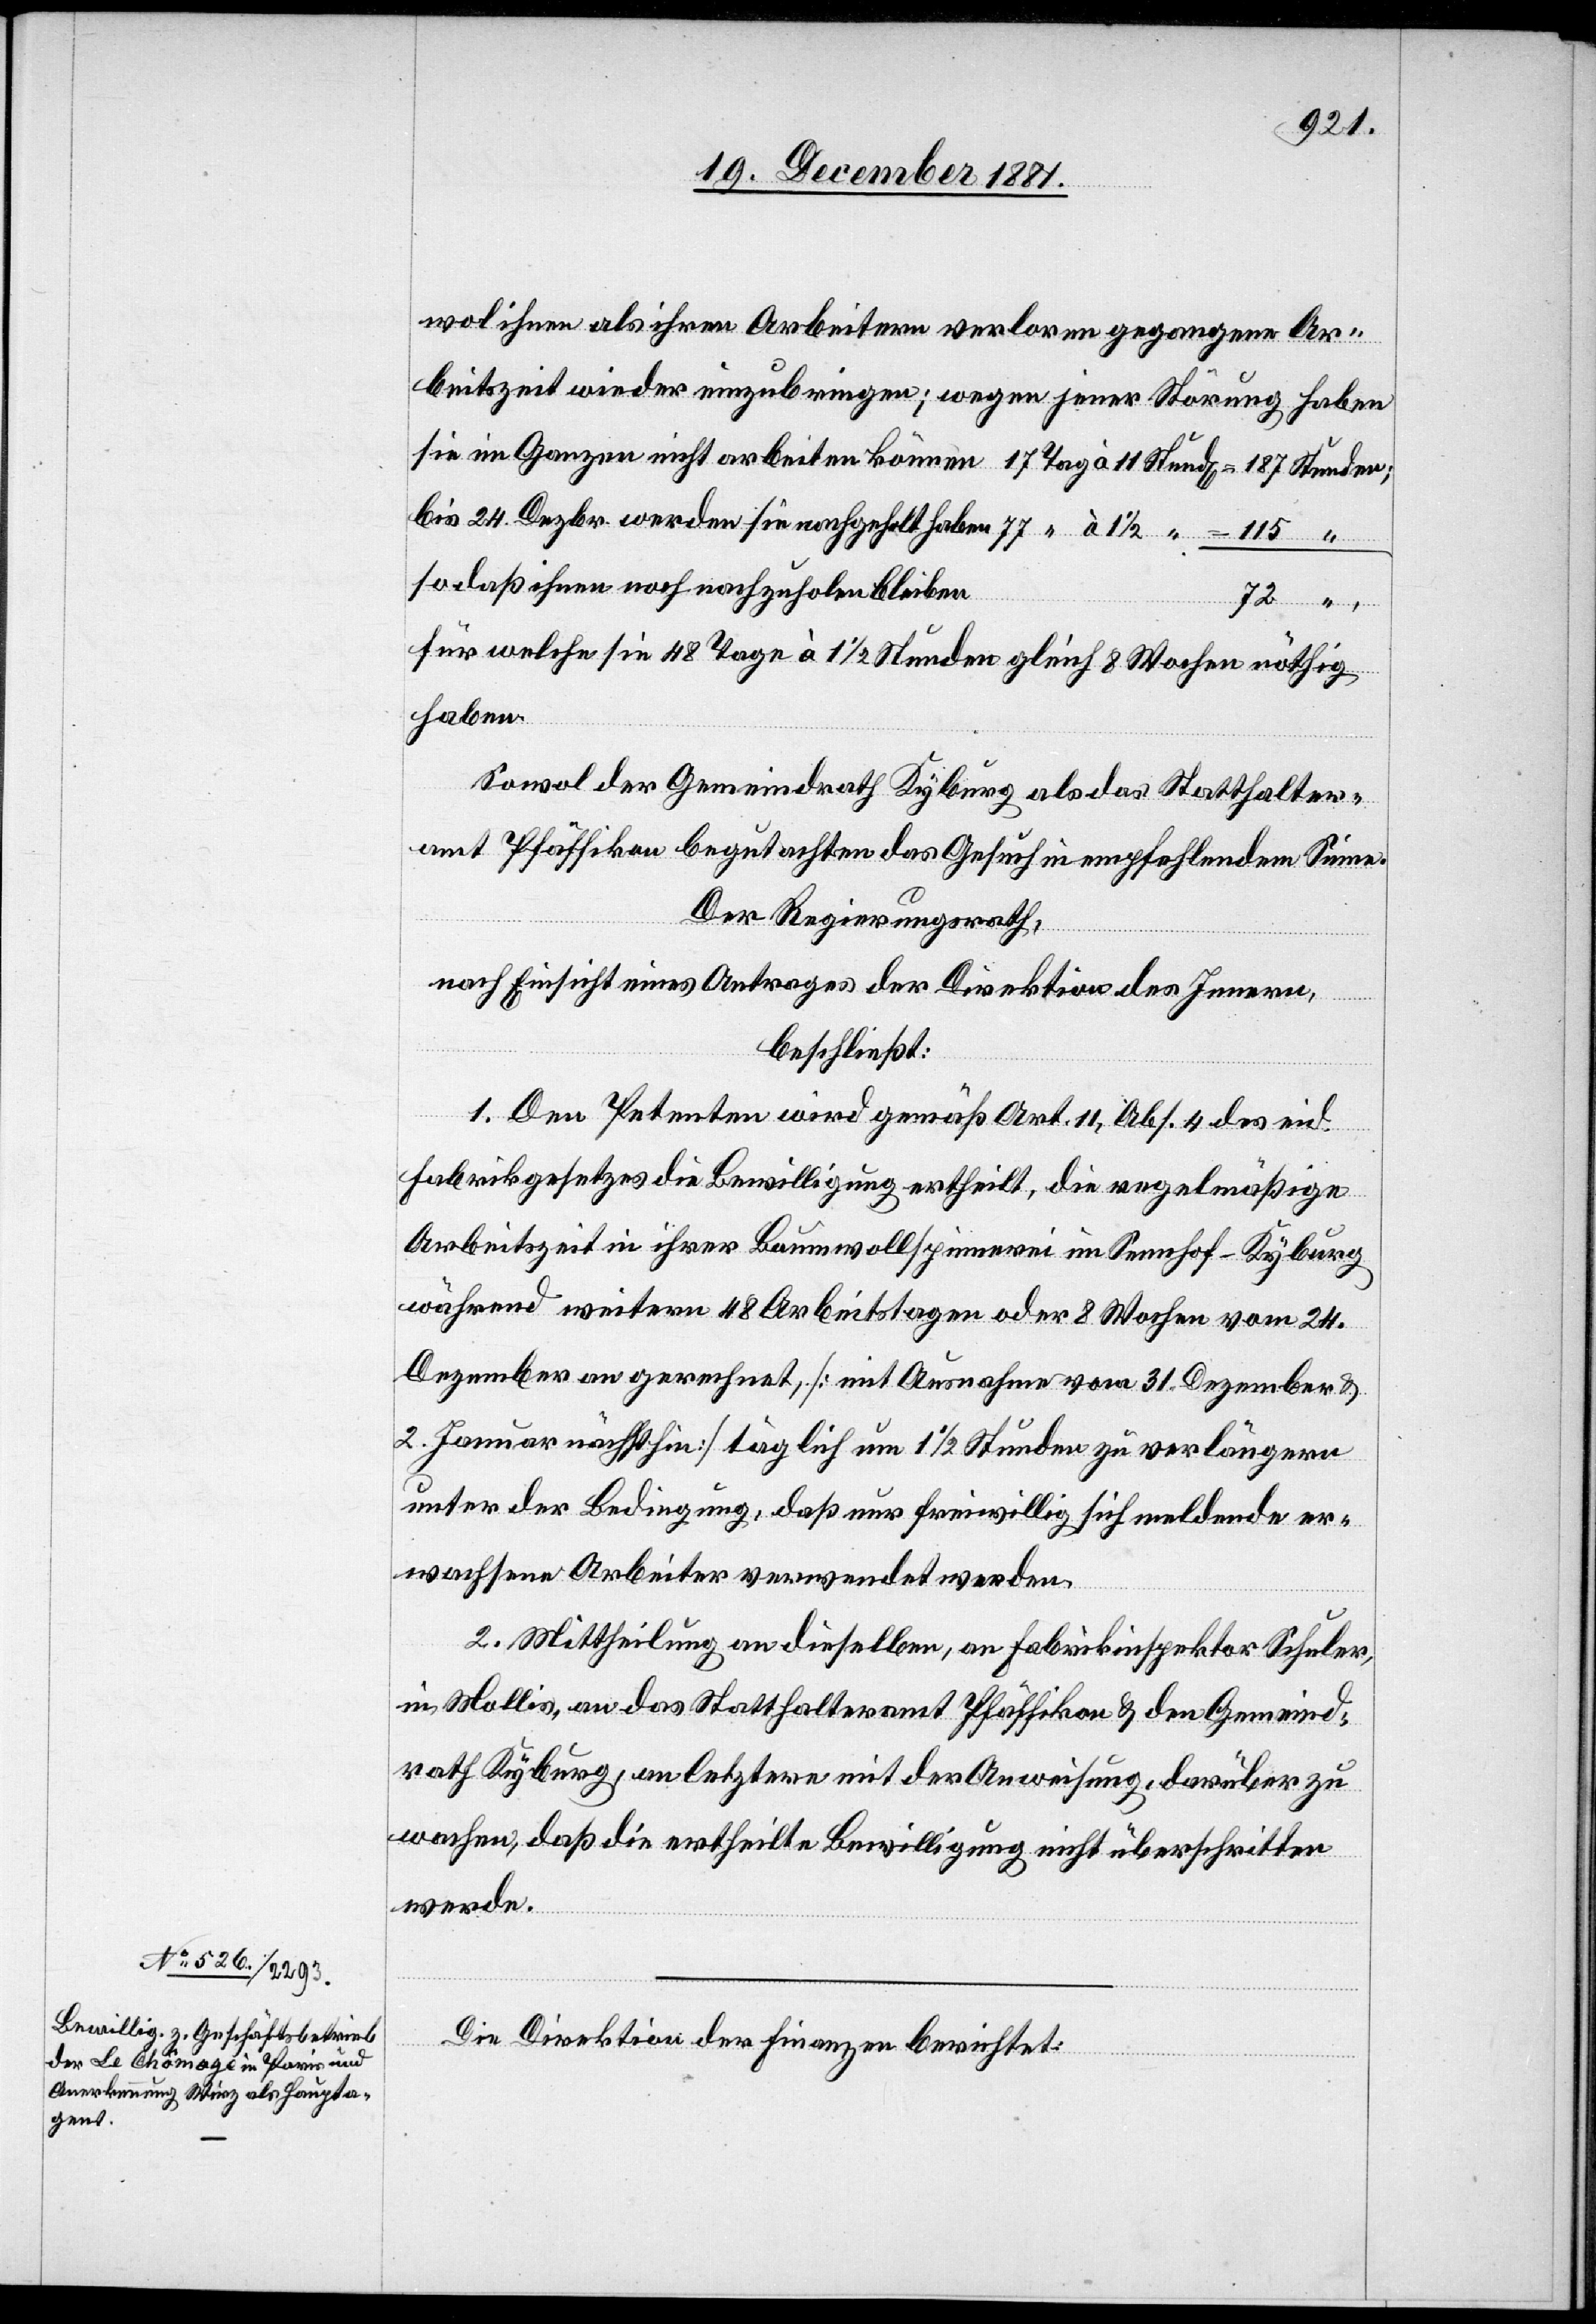
Stunden;
wol ihnen als ihren Arbeitern verloren gegangene Ar¬
beitszeit wieder einzubringen; wegen jener Störung haben
bis 24. Dezbr. werden sie nachgeholt haben
so daß ihnen noch nachzuholen bleiben
für welche sie 48 Tage à 1 1/2 Stunden gleich 8 Wochen nöthig
haben.
Sowol der Gemeindrath Kyburg als das Statthalter¬
amt Pfäffikon begutachten das Gesuch in empfehlendem Sinne.
Der Regierungsrath;
nach Einsicht eines Antrages der Direktion des Innern,
beschließt:
1. Den Petenten wird gemäß Art. 11, Abs. 4 des eid.
Fabrikgesetzes die Bewilligung ertheilt, die regelmäßige
Arbeitszeit in ihrer Baumwollspinnerei im Sennhof - Kyburg
während weitern 48 Arbeitstagen oder 8 Wochen vom 24.
Dezember an gerechnet, [mit Ausnahme vom 31. Dezember &
2. Januar nächsthin] täglich um 1 1/2 Stunden zu verlängern
unter der Bedingung, daß nur freiwillig sich meldende er¬
wachsene Arbeiter verwendet werden.
2. Mittheilung an dieselben, an Fabrikinspektor Schuler,
in Mollis, an das Statthalteramt Pfäffikon & den Gemeind¬
rath Kyburg, an letztern mit der Anweisung, darüber zu
wachen, daß die ertheilte Bewilligung nicht überschritten
werde.
“
Die Direktion der Finanzen berichtet: